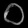
Digit: ၀